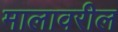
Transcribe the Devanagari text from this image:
मालावरील